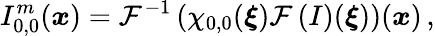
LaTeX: I_{0,0}^{m}(\boldsymbol{x})=\mathcal{F}^{-1}\left(\chi_{0,0}(\boldsymbol{\xi})\mathcal{F}\left(I\right)(\boldsymbol{\xi})\right)(\boldsymbol{x})\, ,